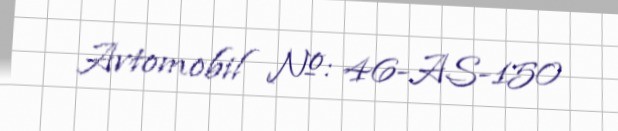
Avtomobil №: 46-AS-150